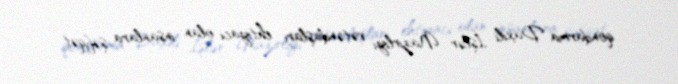
qondarma Daxili İşlər Nazirliyi vətəndaşları ehtiyacı olan insanlara şəfqət